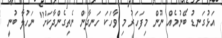
އަޅުގަނޑު ބޭނުމެއް ނޫން މިފަހަރު މި ވާހަކަ ހަނދާން ނެތިގެންދާކަށް" ނަހުލާ ބުނީ